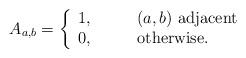
LaTeX: \begin{align*}A_{a,b}=\left\{ \begin{array}{ll} 1,\qquad &\mbox{$(a,b)$ adjacent} \\ 0,\qquad &\mbox{otherwise.} \end{array} \right.\end{align*}